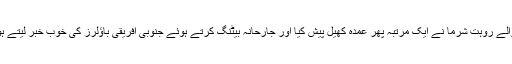
تاہم پہلی اننگز میں 176 رنز کی اننگز کھیلنے والے روہت شرما نے ایک مرتبہ پھر عمدہ کھیل پیش کیا اور جارحانہ بیٹنگ کرتے ہوئے جنوبی افریقی باؤلرز کی خوب خبر لیتے ہوئے ٹیسٹ میچ کو بھی ون ڈے کی شکل دے دی۔